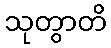
သုတွာတိ